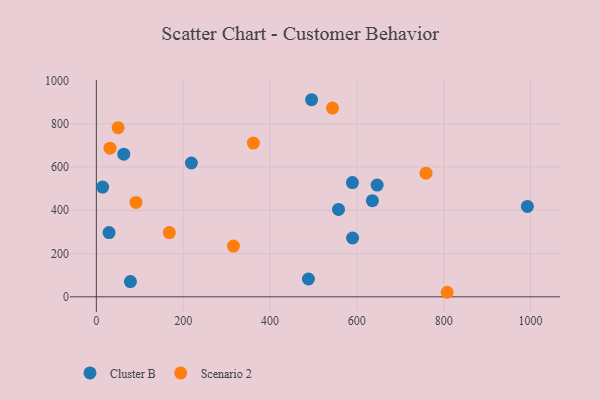
{"axis": {"x": "Distance", "y": "Salary"}, "legend": ["Cluster B", "Scenario 2"], "data": [{"x": "63.2", "y": 659.3, "type": "Cluster B"}, {"x": "14.5", "y": 507.4, "type": "Cluster B"}, {"x": "590.2", "y": 271.8, "type": "Cluster B"}, {"x": "29.3", "y": 297.1, "type": "Cluster B"}, {"x": "78.5", "y": 70.4, "type": "Cluster B"}, {"x": "219.0", "y": 618.4, "type": "Cluster B"}, {"x": "488.5", "y": 82.4, "type": "Cluster B"}, {"x": "495.8", "y": 910.9, "type": "Cluster B"}, {"x": "635.8", "y": 444.5, "type": "Cluster B"}, {"x": "646.8", "y": 516.5, "type": "Cluster B"}, {"x": "557.8", "y": 403.9, "type": "Cluster B"}, {"x": "589.8", "y": 528.2, "type": "Cluster B"}, {"x": "992.8", "y": 418.0, "type": "Cluster B"}, {"x": "759.3", "y": 571.5, "type": "Scenario 2"}, {"x": "543.9", "y": 872.2, "type": "Scenario 2"}, {"x": "361.7", "y": 710.4, "type": "Scenario 2"}, {"x": "168.2", "y": 296.7, "type": "Scenario 2"}, {"x": "808.1", "y": 21.0, "type": "Scenario 2"}, {"x": "91.3", "y": 436.1, "type": "Scenario 2"}, {"x": "50.2", "y": 781.8, "type": "Scenario 2"}, {"x": "315.8", "y": 234.7, "type": "Scenario 2"}, {"x": "31.5", "y": 687.1, "type": "Scenario 2"}]}